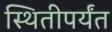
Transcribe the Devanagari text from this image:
स्थितीपर्यंत